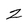
Character: Z